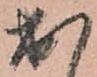
出